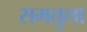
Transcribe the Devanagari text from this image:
समतुला